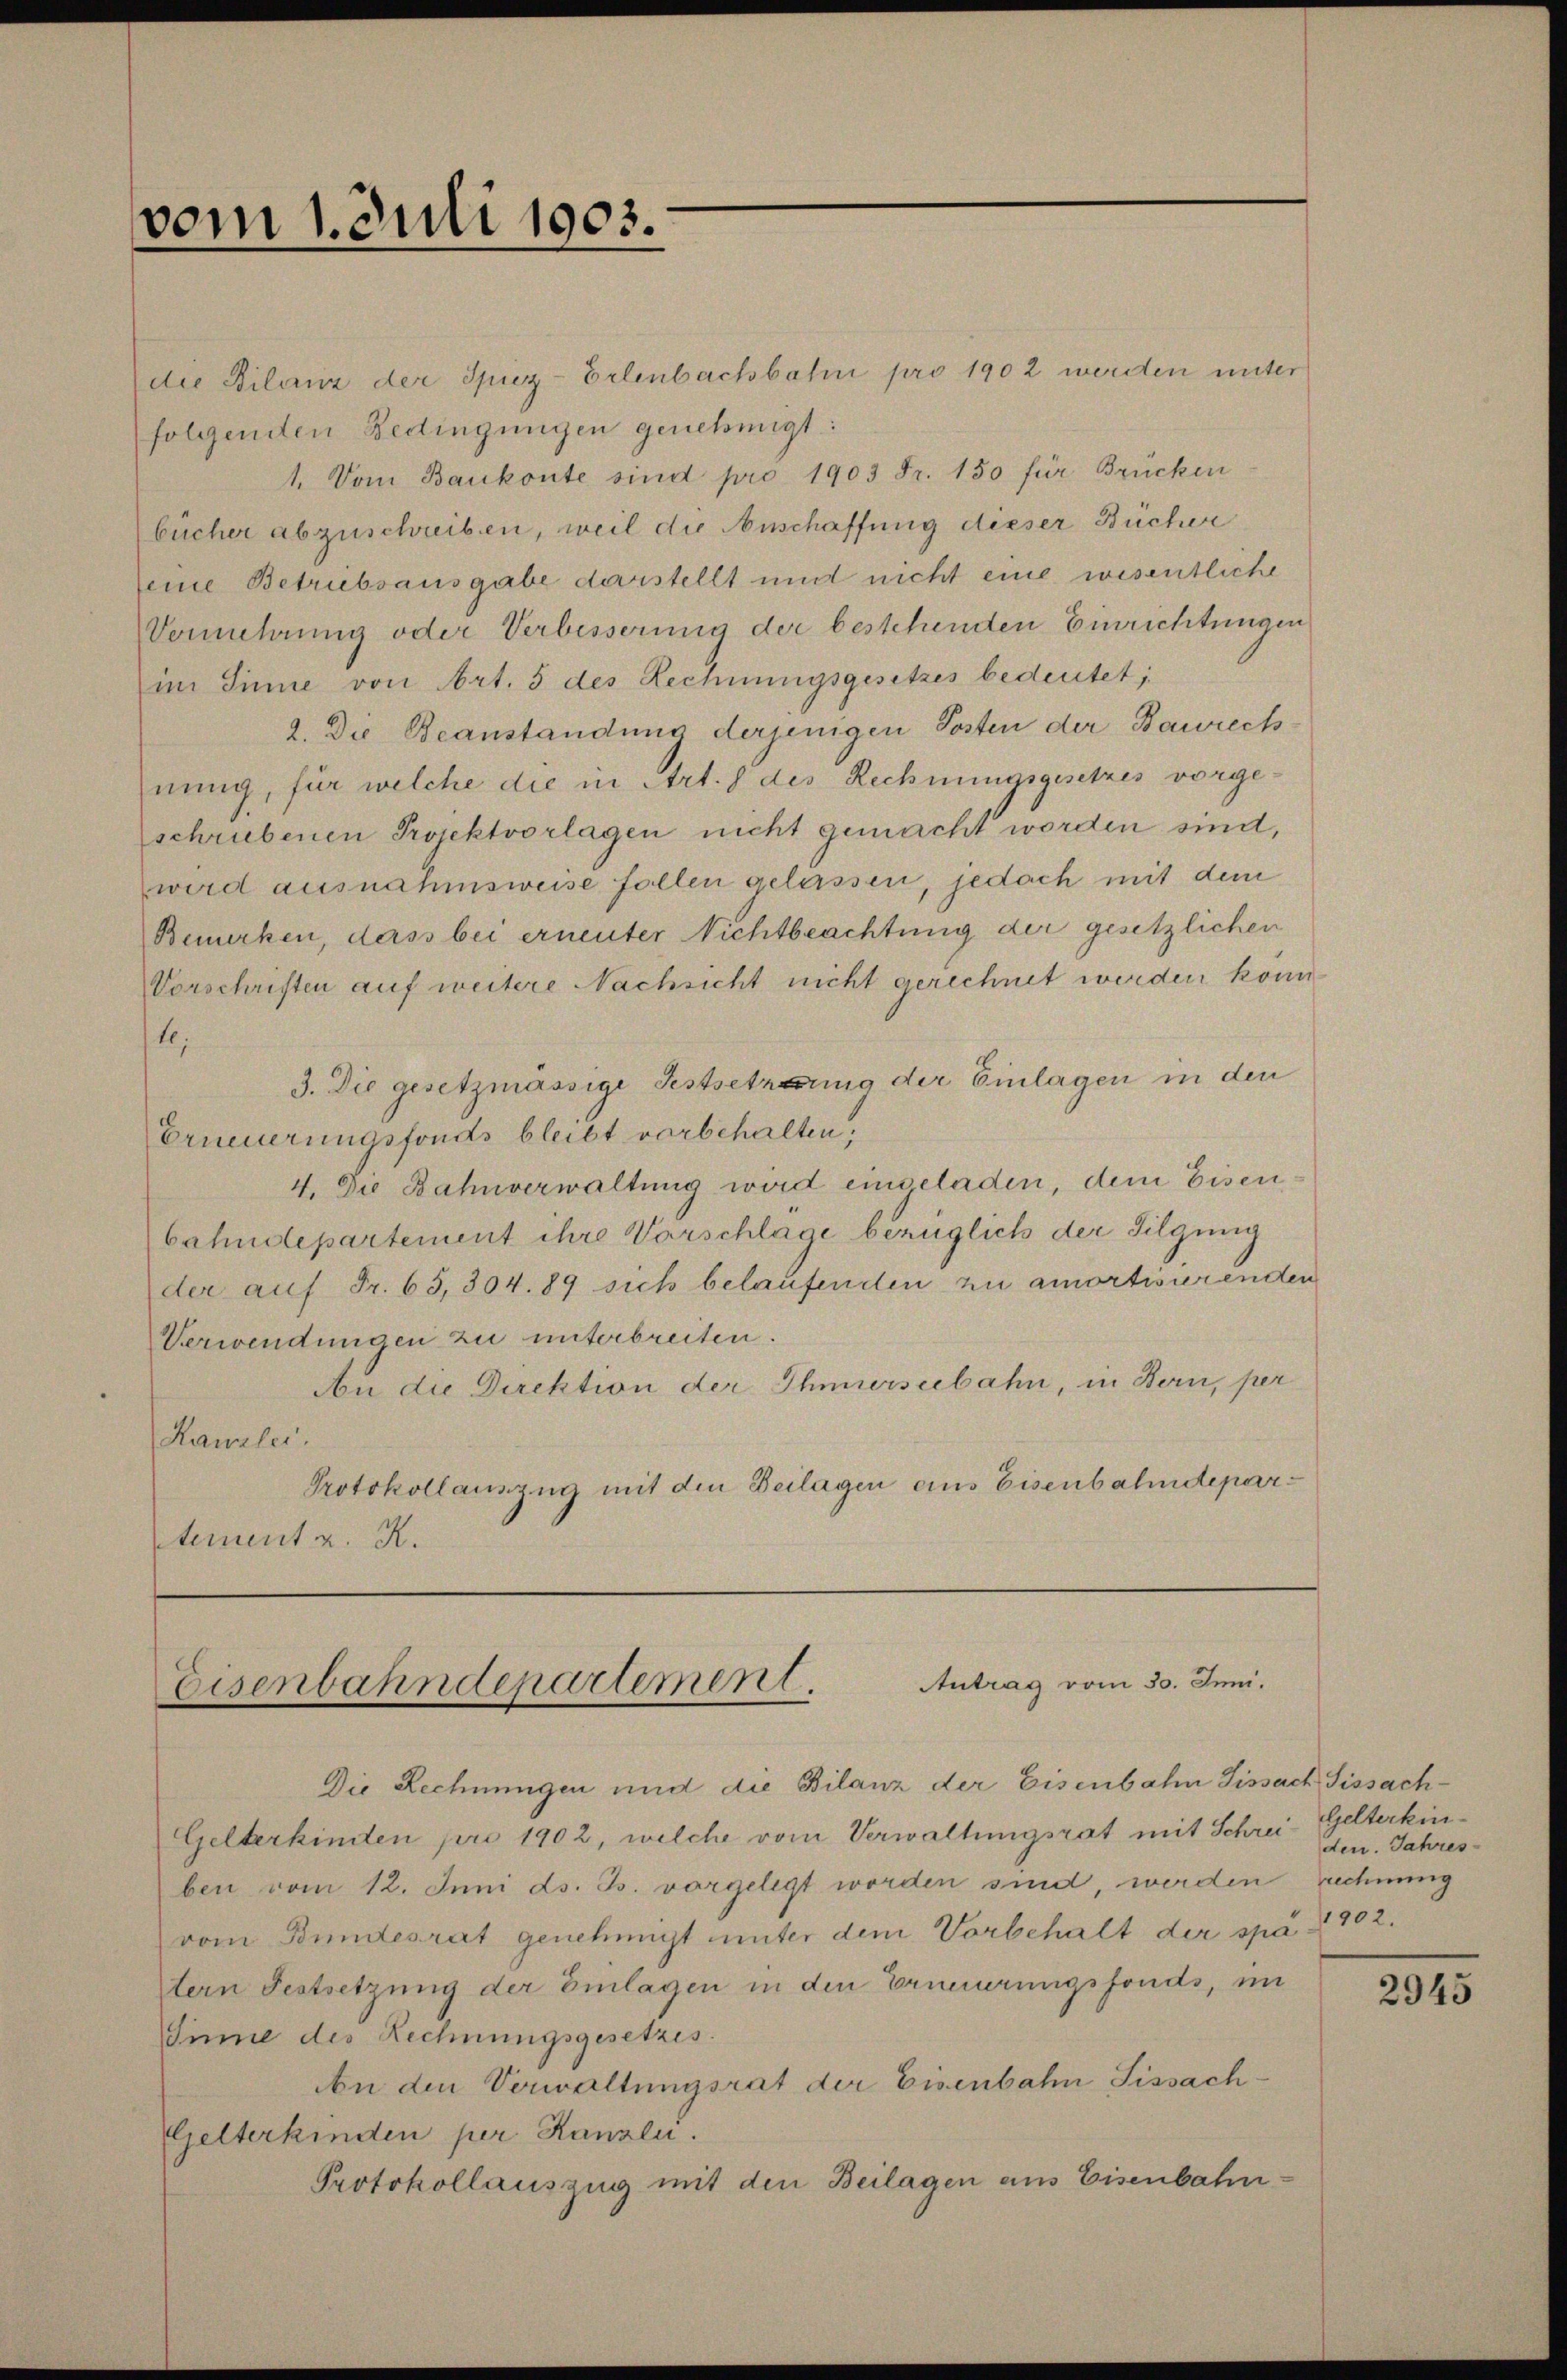
vom 1. Juli 1903.

die Bilanz der Spiez-Erlenbachbahn pro 1902 werden unter
folgenden Bedingungen genehmigt:
1. Vom Bankonte sind pro 1903 Fr. 150 für Brücken
bücher abzuschreiben, weil die Anschaffung dieser Bücher
seine Betriebsausgabe darstellt und nicht eine wesentliche
Vermehrung oder Verbesserung der bestehenden Einrichtungen
im Sinne von Art. 5 des Rechnungsgesetzes bedeutet;
2. Die Beanstandung derjenigen Posten der Baurech
nung, für welche die in Art. 8 des Rechnungsgesetzes vorgeschriebenen Projektvorlagen nicht gemacht worden sind,
wird ausnahmsweise follen gelassen, jedoch mit dem
Bemerken, dass bei erneuter Nichtbeachtung der gesetzlichen
Vorschriften auf weitere Nachsicht nicht gerechnet werden könn
te;
3. Die gesetzmässige Festsetzung der Einlagen in den
Erneuerungsfonds bleibt vorbehalten.
4. Die Bahnverwaltung wird eingeladen, dem Eisenbahndepartement ihre Vorschlage bezüglich der Tilgung
der auf Fr. 65, 304. 89 sich belaufenden zu amortisierenden
Verwendungen zu unterbreiten.
An die Direktion der Ihnerseebahn, in Bern, per
Kanzlei.
Protokollauszug mit den Beilagen ains Eisenbahndepartement z. R.

Antrag vom 30. Juni.
Eisenbahndepartement.

Die Rechnungen und die Bilanz der Eisenbahn Fissach Sissach-
Gelterkinden pro 1902, welche vom Verwaltungsrat mit Schreiben. Jahresben vom 12. Juni ds. Js. vorgelegt worden sind, werden rechnung
vom Bundesrat genehmigt unter dem Vorbehalt der spa 902.
tern Festsetzung der Einlagen in den Erneuerungsfonds, im
Iinne des Rechnungsgesetzes.
An den Verwaltungsrat der Eisenbahn Sissach¬
Gelterkinden per Kanzli.
Protokollauszug mit den Beilagen aus Eisenbahn¬

helterkin¬

2945